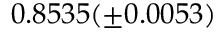
0 . 8 5 3 5 ( \pm 0 . 0 0 5 3 )